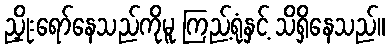
ညှိုးရော်နေသည်ကိုမူ ကြည့်ရုံနှင့် သိရှိနေသည်။